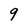
Character: 9